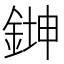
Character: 𫒨